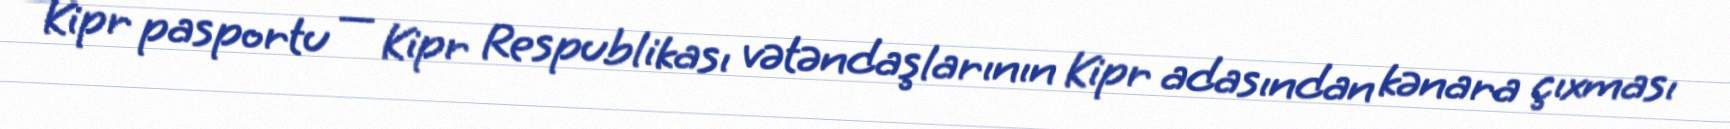
Kipr pasportu — Kipr Respublikası vətəndaşlarının Kipr adasından kənara çıxması